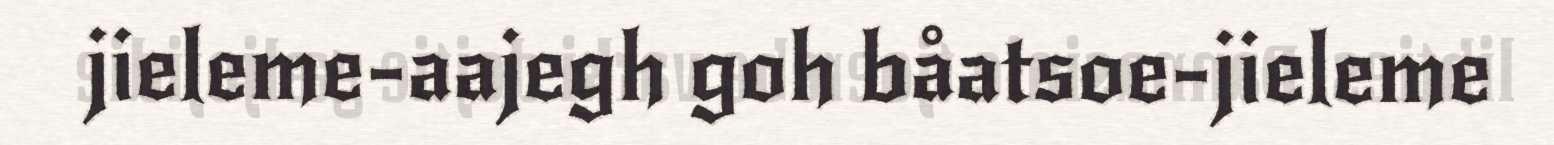
jieleme-aajegh goh båatsoe-jieleme